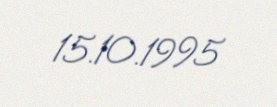
15.10.1995